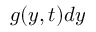
g ( y , t ) d y